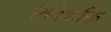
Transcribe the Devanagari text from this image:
विवेशक्ति